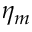
\eta _ { m }